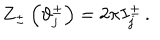
Z _ { \pm } \left( \vartheta _ { j } ^ { \pm } \right) = 2 \pi I _ { j } ^ { \pm } \, .